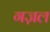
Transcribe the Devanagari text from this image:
गज़ल